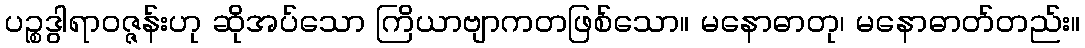
ပဉ္စဒွါရာဝဇ္ဇန်းဟု ဆိုအပ်သော ကြိယာဗျာကတဖြစ်သော။ မနောဓာတု၊ မနောဓာတ်တည်း။